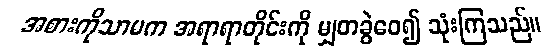
အစားကိုသာမက အရာရာတိုင်းကို မျှတခွဲဝေ၍ သုံးကြသည်။